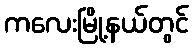
ကလေးမြို့နယ်တွင်